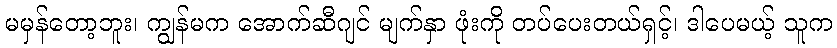
မမှန်တော့ဘူး၊ ကျွန်မက အောက်ဆီဂျင် မျက်နှာ ဖုံးကို တပ်ပေးတယ်ရှင့်၊ ဒါပေမယ့် သူက